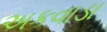
અકવાડા